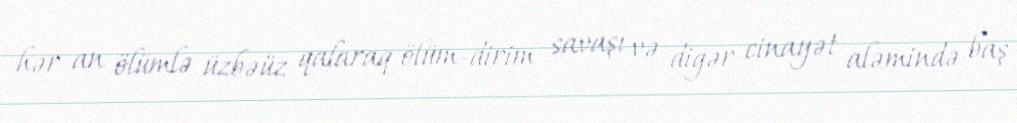
hər an ölümlə üzbəüz qalaraq ölüm-dirim savaşı və digər cinayət aləmində baş